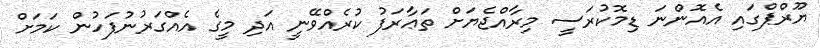
ޔޫރްޕްގައި އެއޮންނަ ޑިމޮކުރަސީ މިރާއްޖެޔަށް ތަޢާރަފު ކުރެއްވޭނީ އަދި މީގެ އެއްގަރުނުފަހުން ކަމަށް